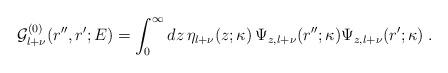
LaTeX: \begin{align*}{\mathcal G}^{(0)}_{l+\nu} (r'',r';E) =\int_{0}^{\infty} dz\,\eta_{l+\nu}(z;\kappa)\,\Psi_{z,l+\nu} (r'';\kappa) \Psi_{z,l+\nu} (r';\kappa)\; .\end{align*}